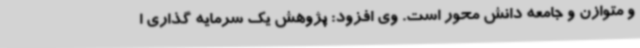
و متوازن و جامعه دانش محور است. وی افزود: پژوهش یک سرمایه گذاری ا